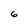
Character: 6